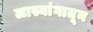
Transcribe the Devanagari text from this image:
लास्यांगातून